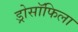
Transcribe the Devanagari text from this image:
ड्रोसॉफिला